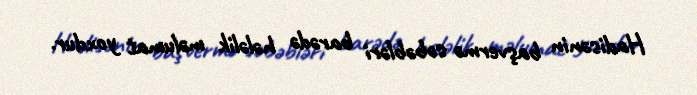
Hadisənin başvermə səbəbləri barədə hələlik məlumat yoxdur.